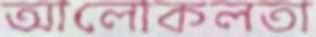
আলোকলতা